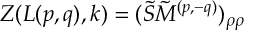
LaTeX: Z ( L ( p , q ) , k ) = ( \tilde { S } \tilde { M } ^ { ( p , - q ) } ) _ { \rho \rho }